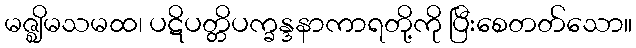
မဇ္ဈိမသမထ၊ ပဋိပတ္တိပက္ခန္ဒနာကာရတို့ကို ပြီးစေတတ်သော။